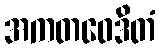
အကတဝေဒိတံ